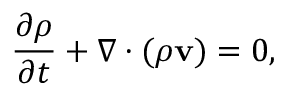
{ \frac { \partial \rho } { \partial t } } + \nabla \cdot ( \rho \mathbf { v } ) = 0 ,